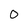
Character: 0